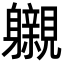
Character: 𮜽